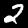
Label: 2